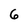
Character: 6